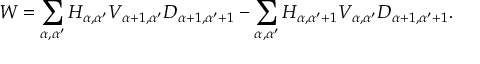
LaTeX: W = \sum _ { \alpha , \alpha ^ { \prime } } H _ { \alpha , \alpha ^ { \prime } } V _ { \alpha + 1 , \alpha ^ { \prime } } D _ { \alpha + 1 , \alpha ^ { \prime } + 1 } - \sum _ { \alpha , \alpha ^ { \prime } } H _ { \alpha , \alpha ^ { \prime } + 1 } V _ { \alpha , \alpha ^ { \prime } } D _ { \alpha + 1 , \alpha ^ { \prime } + 1 } .